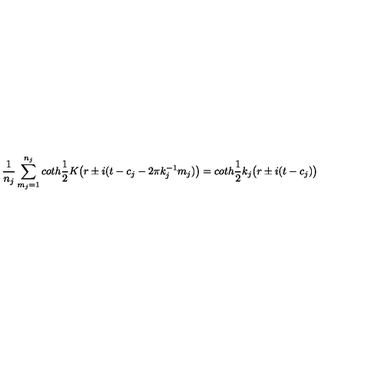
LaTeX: \frac { 1 } { n _ { j } } \sum _ { m _ { j } = 1 } ^ { n _ { j } } c o t h \frac { 1 } { 2 } K \bigl ( r \pm i ( t - c _ { j } - 2 \pi k _ { j } ^ { - 1 } m _ { j } ) \bigr ) = c o t h \frac { 1 } { 2 } k _ { j } \bigl ( r \pm i ( t - c _ { j } ) \bigr )